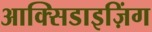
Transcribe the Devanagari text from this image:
आक्सिडाइज़िंग